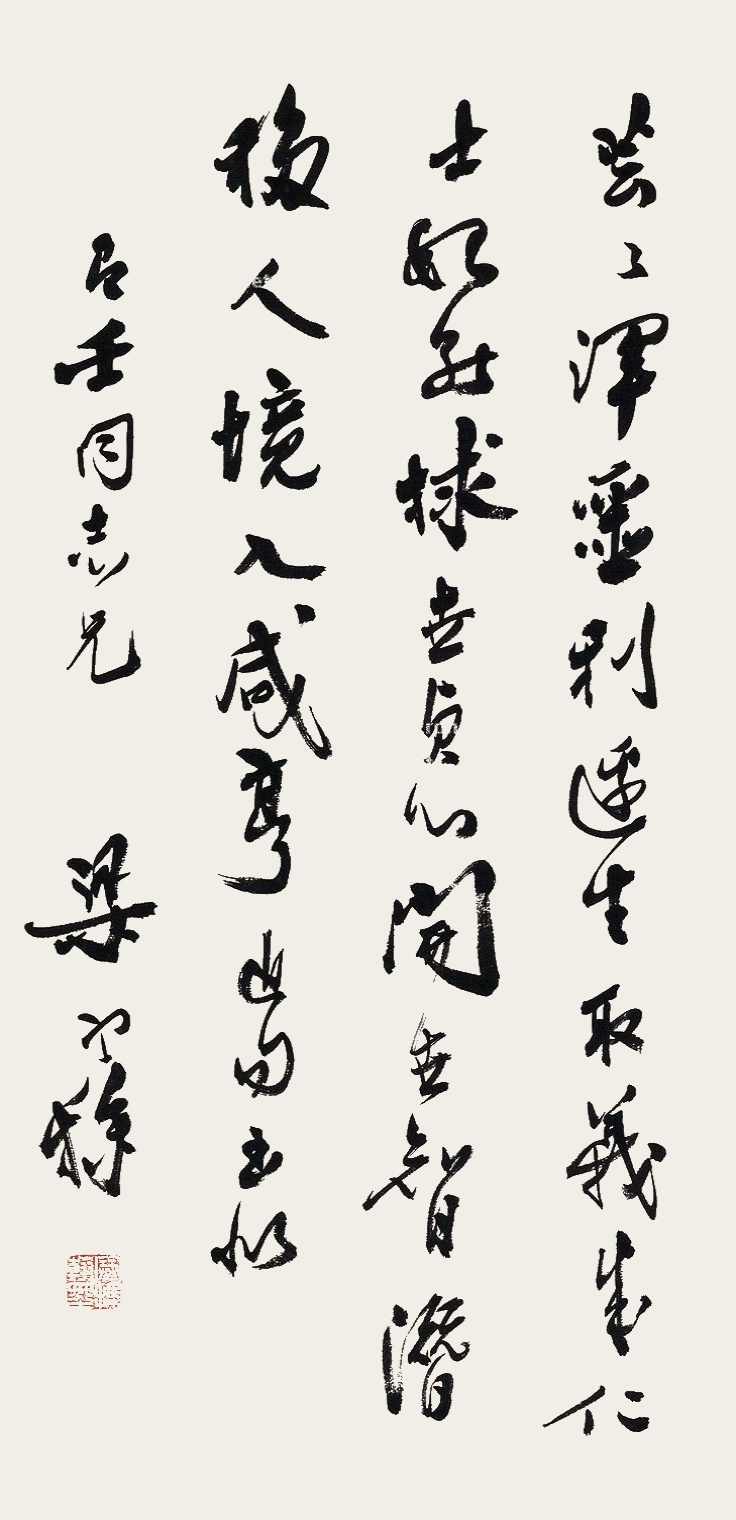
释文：芸芸浑噩利边生，取义成仁士始能。救世贞心开世智，潜移人境入咸亨。近句书似有壬同志兄，梁寒操。